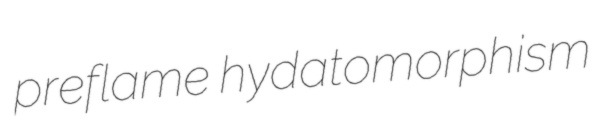
preflame hydatomorphism